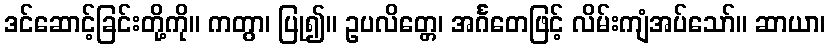
ဒင်ဆောင့်ခြင်းတို့ကို။ ကတွာ၊ ပြု၍။ ဥပလိတ္တေ၊ အင်္ဂတေဖြင့် လိမ်းကျံအပ်သော်။ ဆာယာ၊